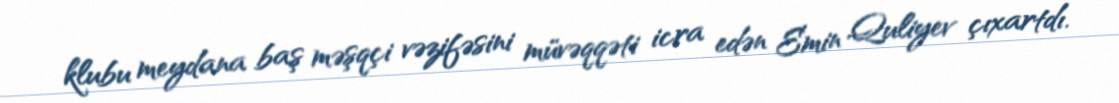
klubu meydana baş məşqçi vəzifəsini müvəqqəti icra edən Emin Quliyev çıxartdı.